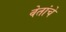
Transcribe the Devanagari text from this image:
वेतांचे